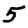
Digit: 5